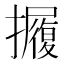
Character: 𱡋